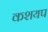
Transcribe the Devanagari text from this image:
कशयप